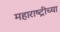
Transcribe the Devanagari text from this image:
महाराष्ट्रीच्या